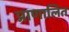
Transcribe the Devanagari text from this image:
प्राणालित